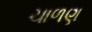
ચાળણ